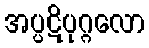
အပ္ပဋိပုဂ္ဂလော